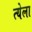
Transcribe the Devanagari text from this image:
त्येला